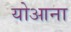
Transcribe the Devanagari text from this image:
योआना